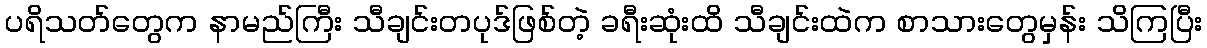
ပရိသတ်တွေက နာမည်ကြီး သီချင်းတပုဒ်ဖြစ်တဲ့ ခရီးဆုံးထိ သီချင်းထဲက စာသားတွေမှန်း သိကြပြီး